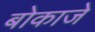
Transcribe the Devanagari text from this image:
बोकाजे